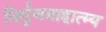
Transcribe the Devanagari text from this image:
निर्गुणमाहात्म्य